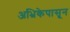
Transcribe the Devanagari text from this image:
अभ्रिकेपासून